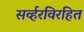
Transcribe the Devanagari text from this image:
सर्व्हरविरहित